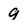
Character: 9